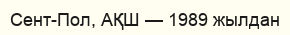
Сент-Пол, АҚШ — 1989 жылдан